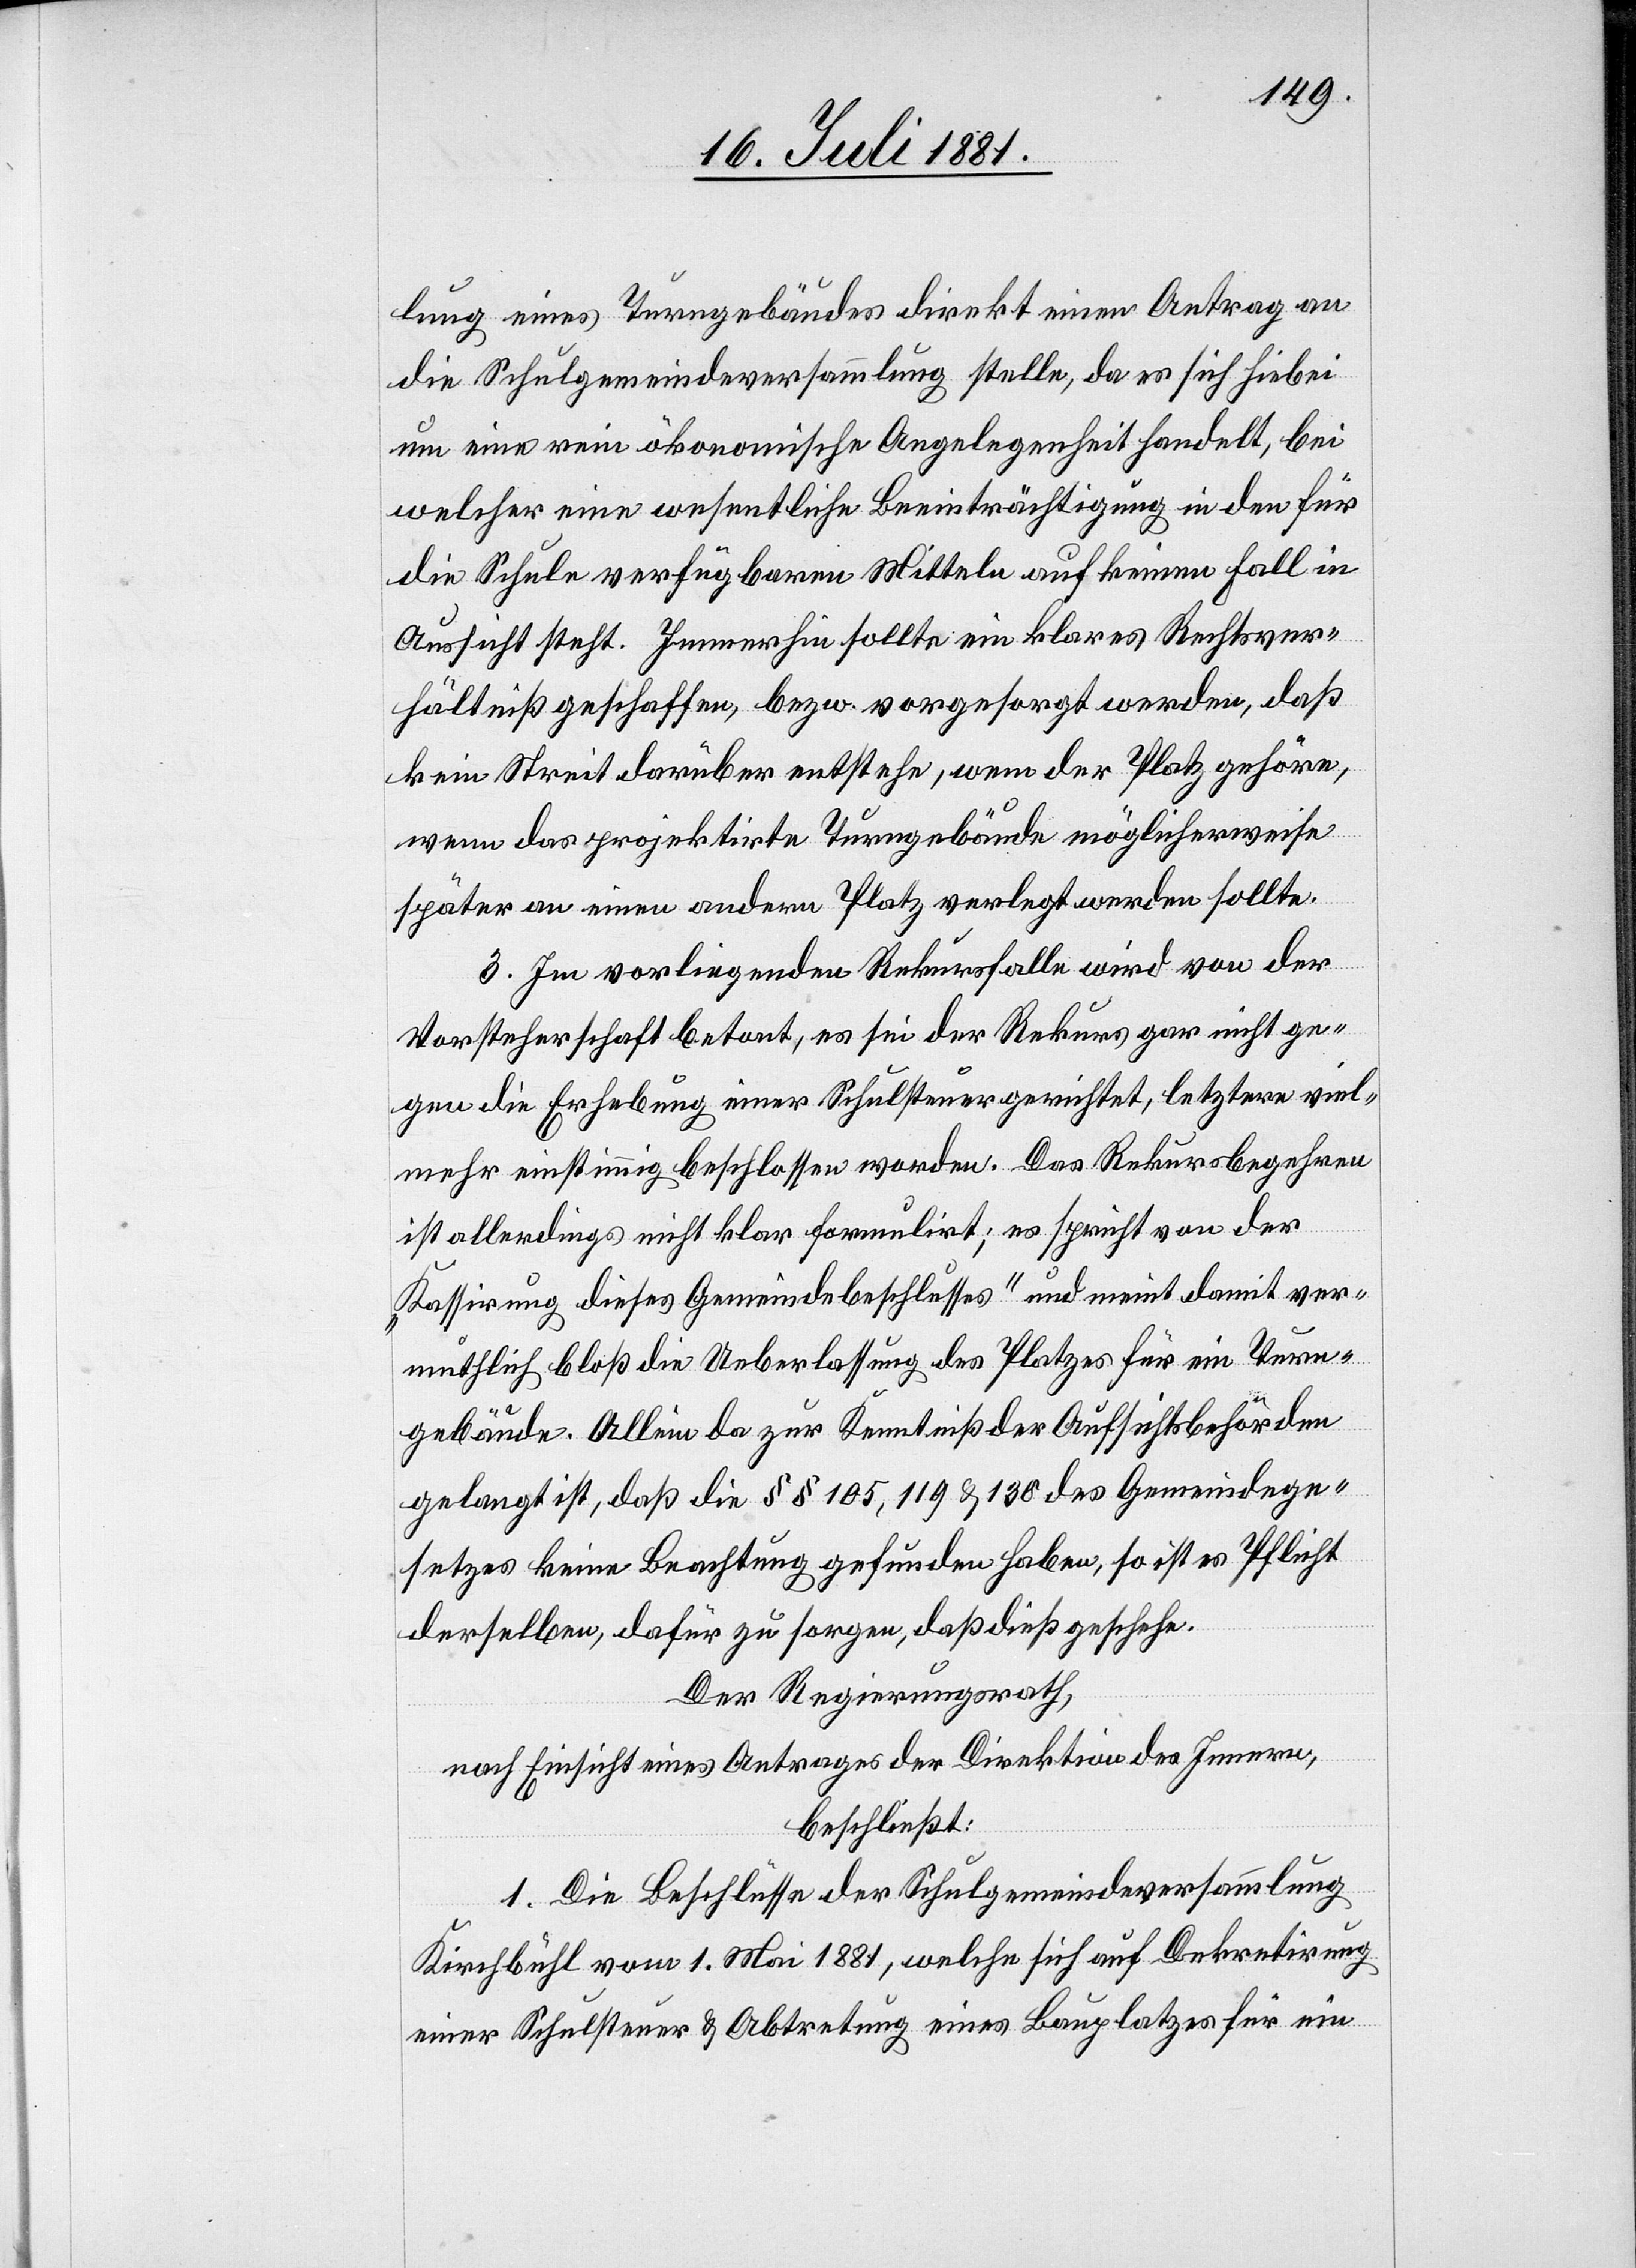
lung eines Turngebäudes direkt einen Antrag an
die Schulgemeindeversammlung stelle, da es sich hiebei
um eine rein ökonomische Angelegenheit handelt, bei
welcher eine wesentliche Beeinträchtigung in den für
die Schule verfügbaren Mitteln auf keinen Fall in
Aussicht steht. Immerhin sollte ein klares Rechtsver¬
hältnis geschaffen, bezw. vorgesorgt werden, daß
kein Streit darüber entstehe, wem der Platz gehöre,
wenn das projektirte Turngebäude möglicherweise
später an einen andern Platz verlegt werden sollte.
3. Im vorliegenden Rekursfalle wird von der
Vorsteherschaft betont, es sei der Rekurs gar nicht ge¬
gen die Erhebung einer Schulsteuer gerichtet, letztere viel¬
mehr einstimmig beschlossen worden. Das Rekursbegehren
ist allerdings nicht klar formuliert; es spricht von der
„Kassirung dieses Gemeindebeschlusses“ und meint damit ver¬
muthlich bloß die Ueberlassung des Platzes für ein Turn¬
gebäude. Allein da zur Kenntniß der Aufsichtsbehörden
gelangt ist, daß die §§ 105, 119 & 138 des Gemeindege¬
setzes keine Beachtung gefunden haben, so ist es Pflicht
derselben, dafür zu sorgen, daß dieß geschehe.
Der Regierungsrath,
nach Einsicht eines Antrages der Direktion des Innern,
beschließt:
I. Die Beschlüsse der Schulgemeindeversammlung
Kirchbühl vom 1. Mai 1881, welche sich auf Dekretirung
einer Schulsteuer & Abtretung eines Bauplatzes für ein